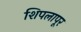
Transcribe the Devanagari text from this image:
शिपलापूर